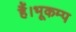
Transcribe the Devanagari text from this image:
हैं।भूकम्प